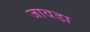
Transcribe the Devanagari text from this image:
जावडा